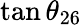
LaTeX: \tan\theta_{26}